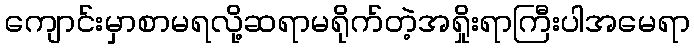
ကျောင်းမှာစာမရလို့ဆရာမရိုက်တဲ့အရှိုးရာကြီးပါအမေရာ